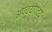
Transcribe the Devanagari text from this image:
अपचयोपचय